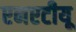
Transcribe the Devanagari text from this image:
एनएटीयू